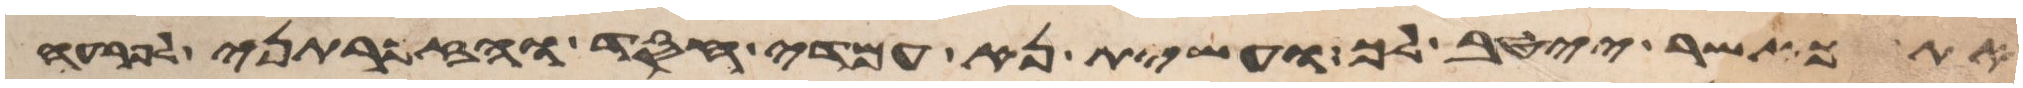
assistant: אתך כאשר ייטב לך ועשית נא עמדי חסד והזכרתני לפרעה